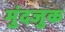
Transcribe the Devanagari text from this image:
मुंदजुक